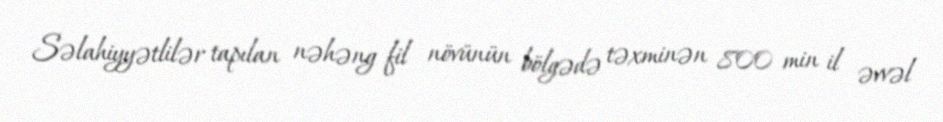
Səlahiyyətlilər tapılan nəhəng fil növünün bölgədə təxminən 800 min il əvvəl